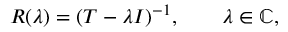
R ( \lambda ) = ( T - \lambda I ) ^ { - 1 } , \qquad \lambda \in \mathbb { C } ,